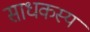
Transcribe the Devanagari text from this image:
साधकस्य